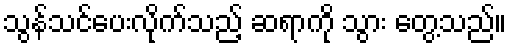
သွန်သင်ပေးလိုက်သည့် ဆရာကို သွား တွေ့သည်။